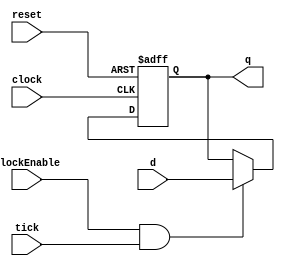
/******************************************************************************
 ** Logisim-evolution goes FPGA automatic generated Verilog code             **
 ** https://github.com/logisim-evolution/                                    **
 **                                                                          **
 ** Component : REGISTER_FLIP_FLOP                                           **
 **                                                                          **
 *****************************************************************************/

module REGISTER_FLIP_FLOP( clock,
                           clockEnable,
                           d,
                           q,
                           reset,
                           tick );

   /*******************************************************************************
   ** Here all module parameters are defined with a dummy value                  **
   *******************************************************************************/
   parameter invertClock = 1;
   parameter nrOfBits = 1;

   /*******************************************************************************
   ** The inputs are defined here                                                **
   *******************************************************************************/
   input                clock;
   input                clockEnable;
   input [nrOfBits-1:0] d;
   input                reset;
   input                tick;

   /*******************************************************************************
   ** The outputs are defined here                                               **
   *******************************************************************************/
   output [nrOfBits-1:0] q;

   /*******************************************************************************
   ** The wires are defined here                                                 **
   *******************************************************************************/
   wire s_clock;

   /*******************************************************************************
   ** The registers are defined here                                             **
   *******************************************************************************/
   reg [nrOfBits-1:0] s_currentState;

   /*******************************************************************************
   ** The module functionality is described here                                 **
   *******************************************************************************/

   assign q = s_currentState;
   assign s_clock = invertClock == 0 ? clock : ~clock;

   always @(posedge s_clock or posedge reset)
   begin
      if (reset) s_currentState <= 0;
      else if (clockEnable&tick) s_currentState <= d;
   end

endmodule